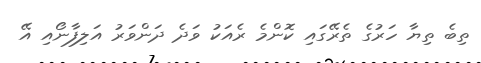
ތިބެ ތިޔާ ހަރުގެ ތެރޭގައި ކޮންމެ ރެއަކު ވަދެ ދަންވަރު އަލިފާނޯއި އޭ